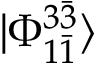
| \Phi _ { 1 \bar { 1 } } ^ { 3 \bar { 3 } } \rangle